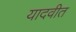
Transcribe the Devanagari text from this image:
यादवीत